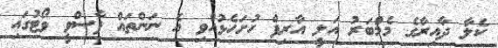
ކެލާ ދާއިރާގެ މެމްބަރު އަލީ އާރިފް ހުށަހެޅުއްވި އެ ނަންތައް ފާސްވީ ވޯޓުގައި